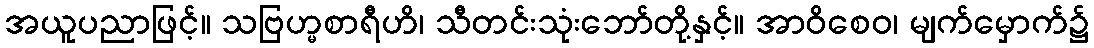
အယူပညာဖြင့်။ သဗြဟ္မစာရီဟိ၊ သီတင်းသုံးဘော်တို့နှင့်။ အာဝိစေဝ၊ မျက်မှောက်၌